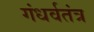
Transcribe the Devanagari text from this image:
गंधर्वतंत्र